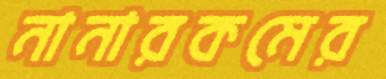
নানারকমের